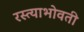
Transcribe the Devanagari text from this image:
रस्त्याभोवती